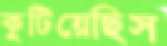
কুটিয়েছিস